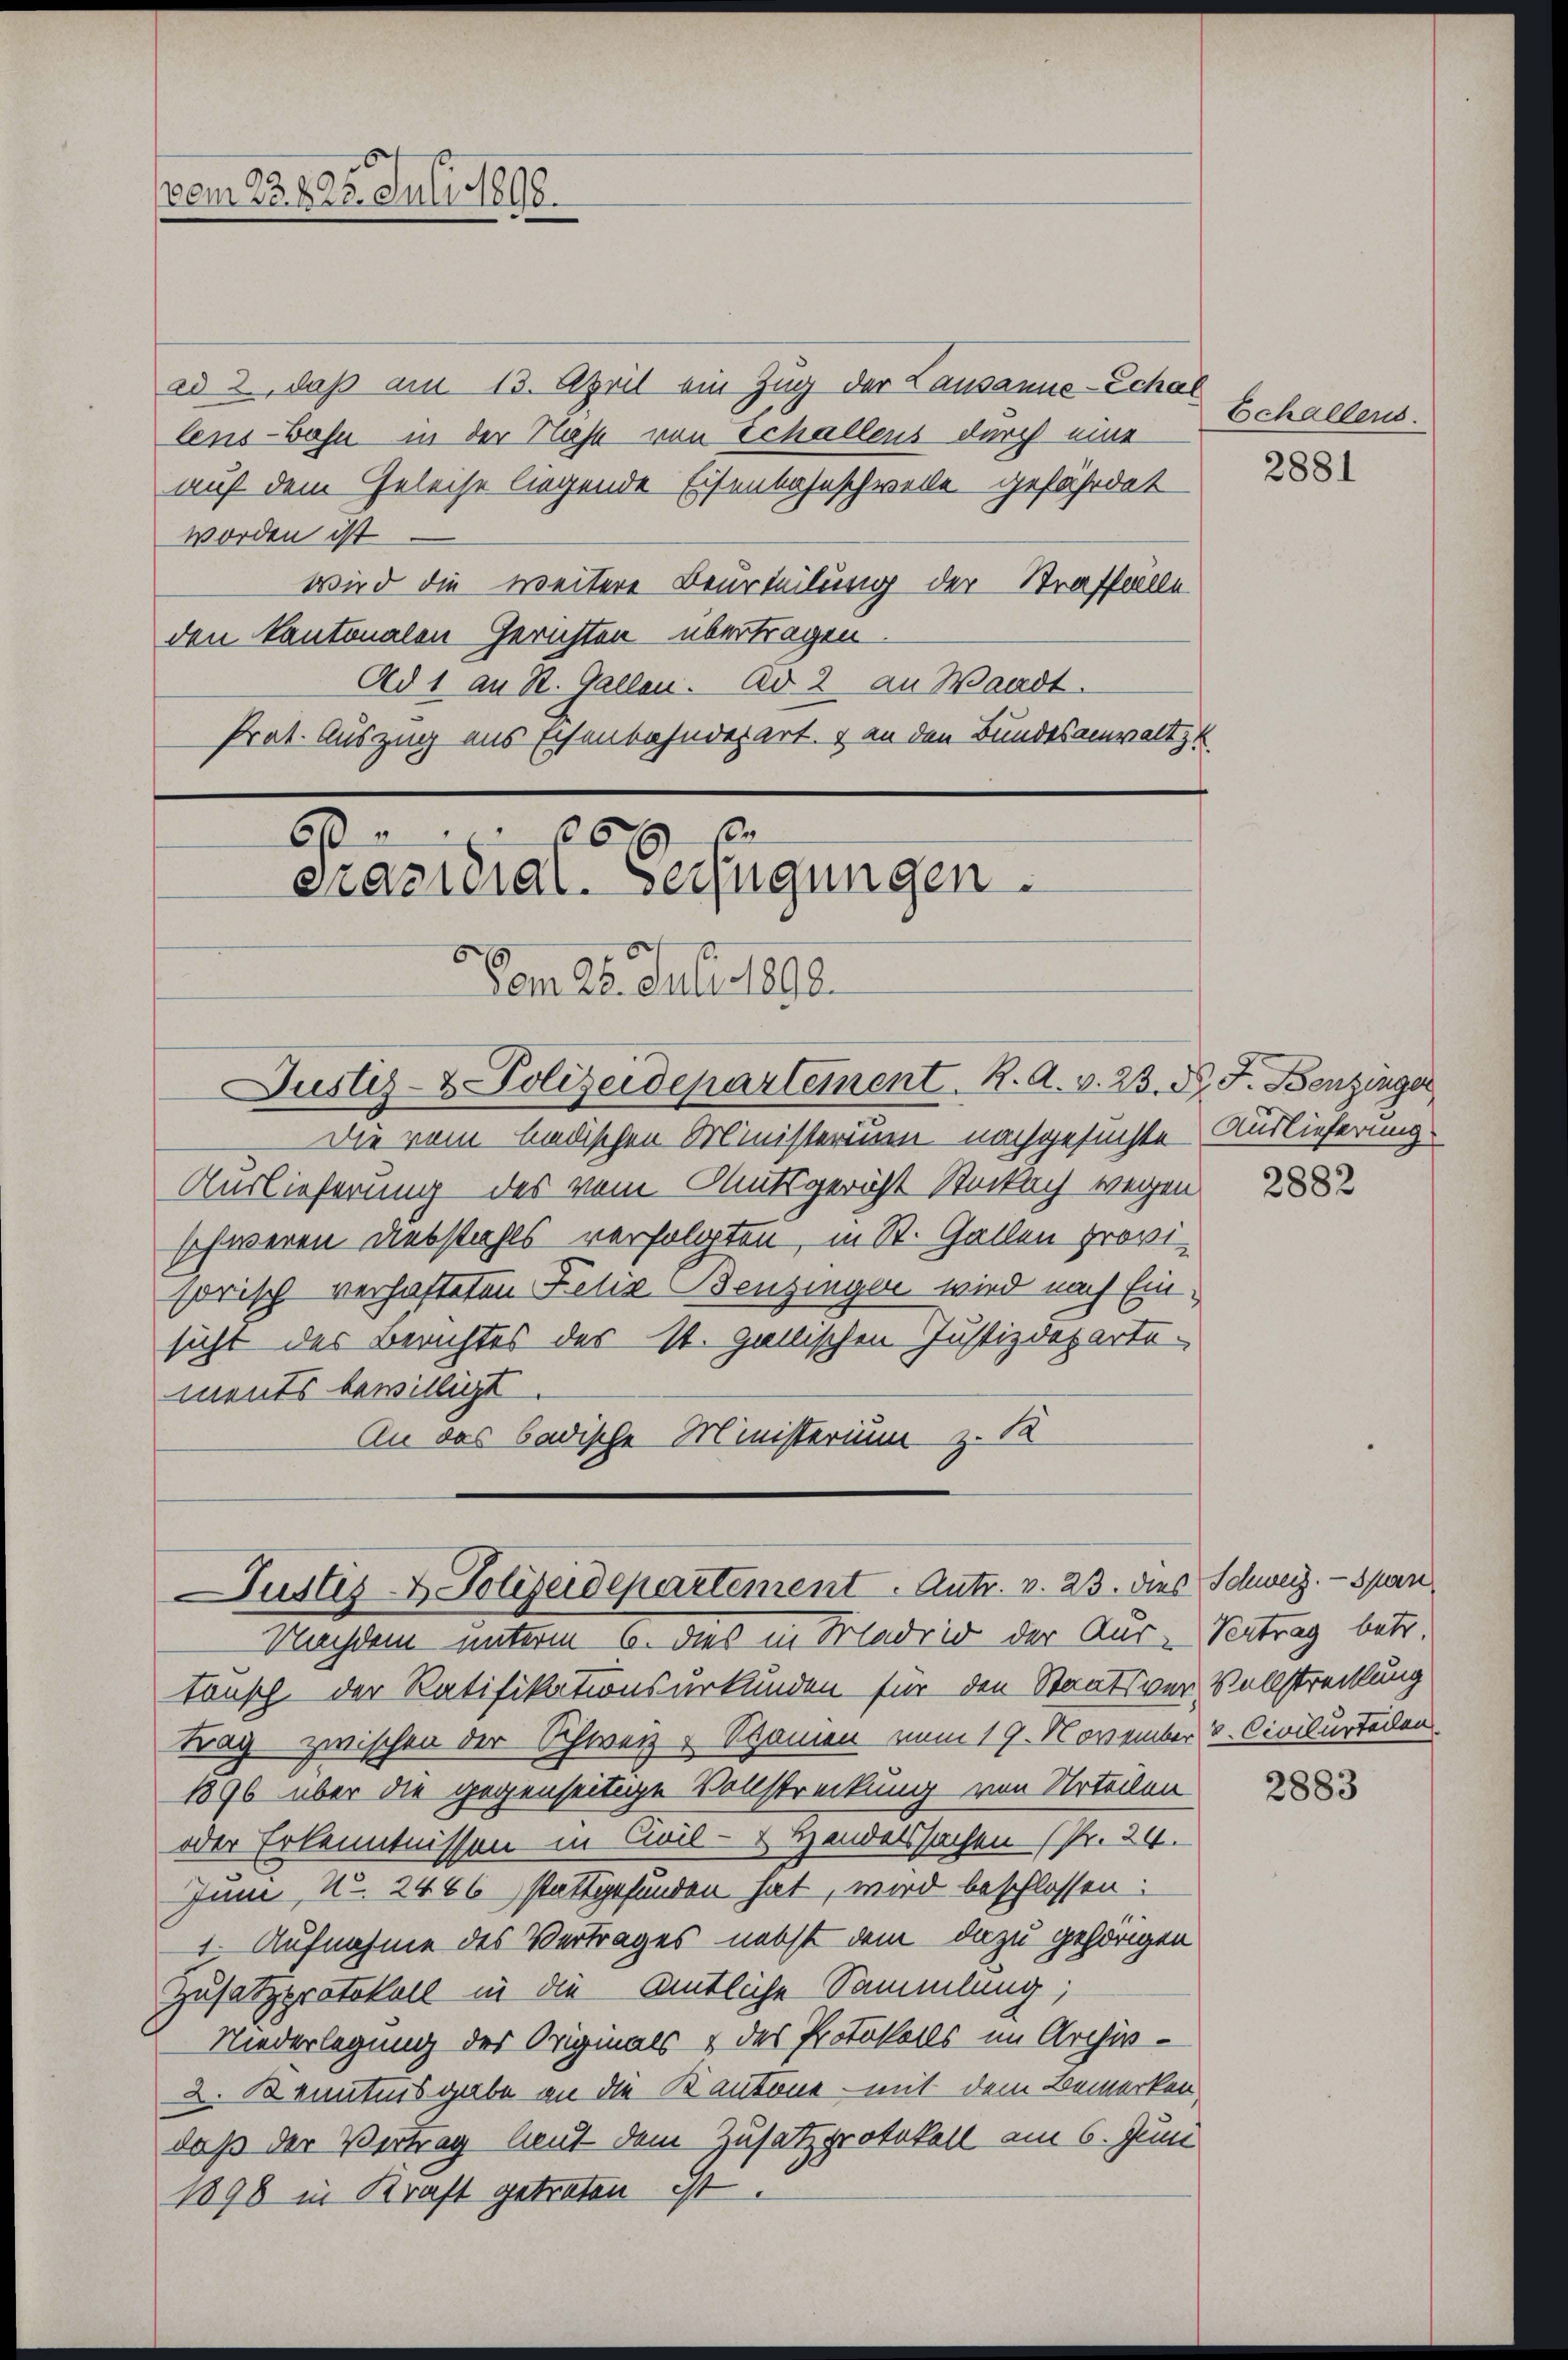
ad 3, daß am 13. April ein Zug der Lausanne-Echal
lens-Bahn in der Hast von Schallens durch eine
auf dem Geleise liegende Eisenbahnschwelle gefährdet
worden ist
wird die weitere Beurteilung der Straffälle
den Kantonalen Gerichten übertragen.
Ad 1 an St. Gallen. Ad 2 an Waadt.
Prat. Auszug aus Eisenbahndepart. 7 an den Bundesanwaltt

vom 23825. Juli 1898.

6x x
Präsidial-Verfügungen.
Vom 25. Juli 1898.

Die vom badischen Ministerium nachgesuchte Auslieferung
Auslieferung des vom Amtsgericht Stockach wegen
schweren Diebstahls verfolgten, in St. Gallen provisorisch verhafteten Felix Benzingen wird nach Einsicht des Berichtes des St. Gallischen Justizdepartements bewilligt
An das badische Ministerium z. 12

Justiz- & Polizeidepartement. R. A. v. 23. d. J. Benzinger

Justiz & Polizeidepartement. Antr. v. 23. dies
Nachdem unterm 6. dies in Madrid der Aus-Vertrag betr

Echallens.
2881

tonsch der Ratifikationsurkunden für den Staatsver-Vollstreckung
trag zwischen der Schweiz. Spanien vom 19. November v. Civilurtaden.
1896 über die gegenseitige Vollstreckung von Urteilen
oder Erkenntnissen in Civil - Handelssachen (Pr. 24.
June, No. 2466 stattgefunden hat, wird beschlossen:
1. Aufnahme des Vertrages nebst dem dazu gehörigen
Zusatzprotokoll in die Amtliche Sammlung;
Niederlegung des Originals & des Protokolls im Archiv-
2. Kenntnisgabe an die Kantone mit dem Bemerken
daß der Vertrag laut dem Zusatzprotokoll am 6. Juni
1898 in Kraft getreten ist

2882

Schweiz. — Span

2883